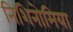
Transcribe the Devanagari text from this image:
निशिनोमिया